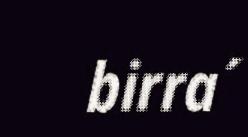
birra´